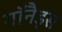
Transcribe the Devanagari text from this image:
गॉनैड्स